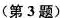
(第3题)